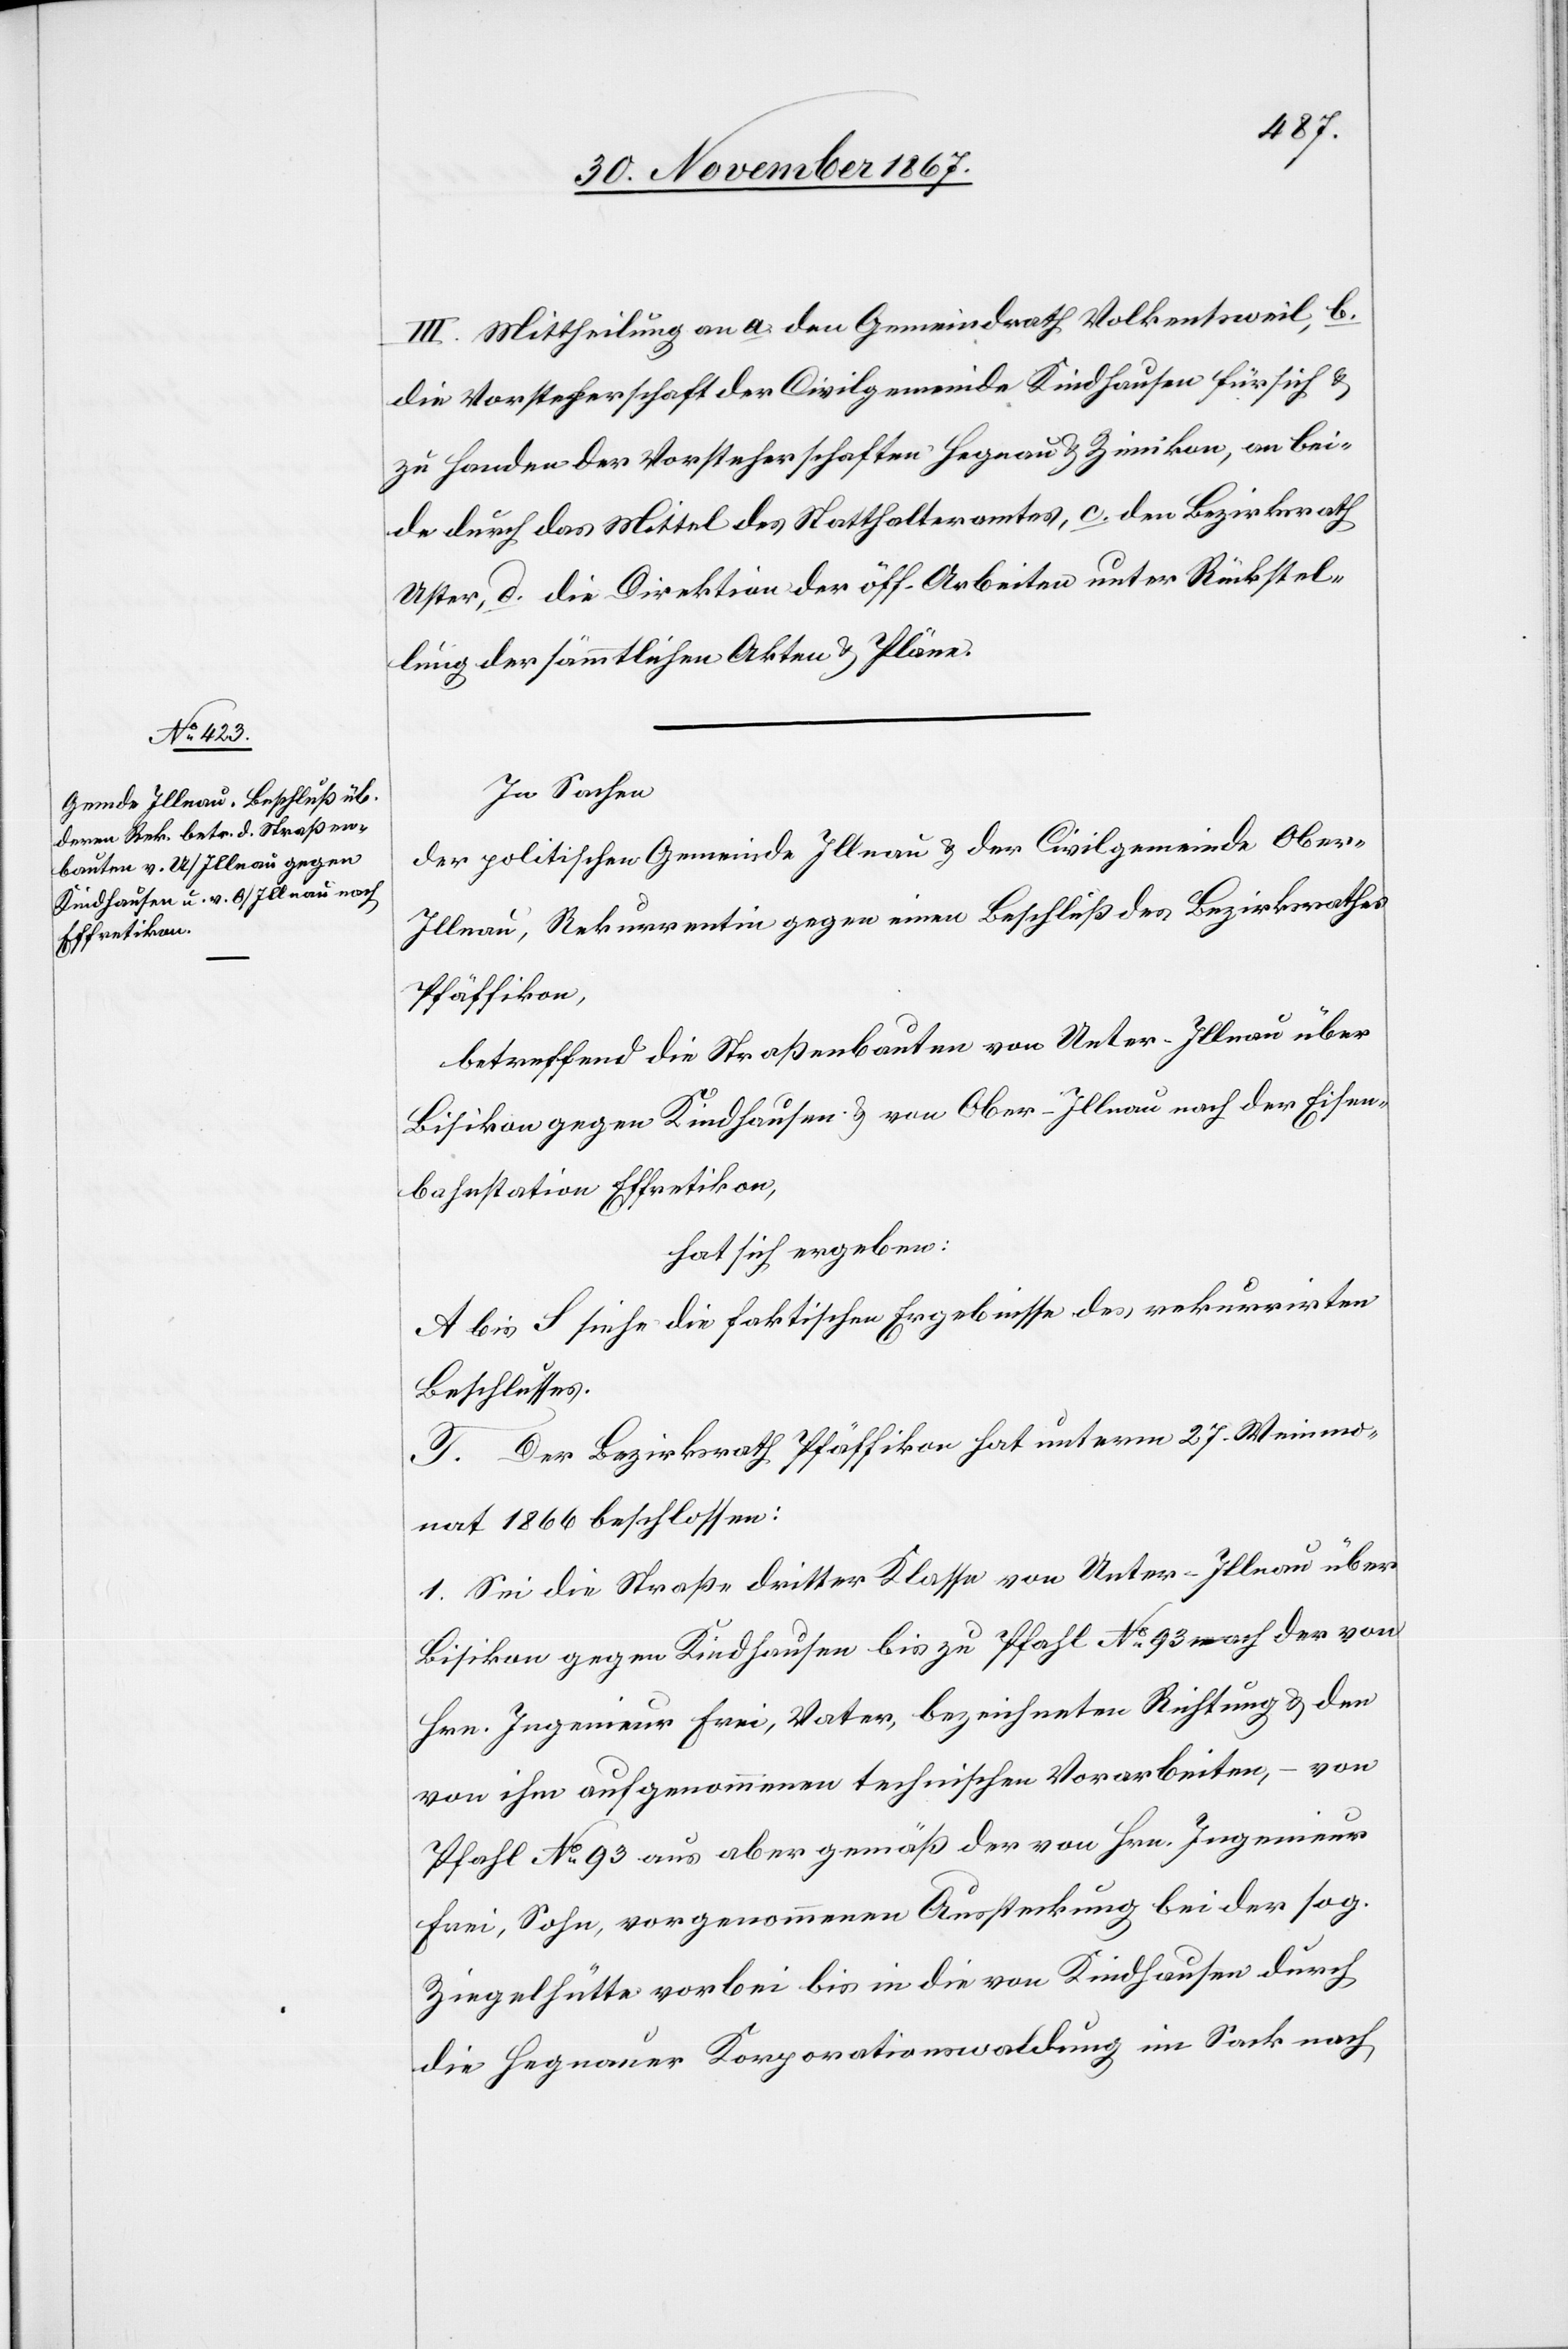
III. Mittheilung an a. den Gemeindrath Volkentsweil, b.
die Vorsteherschaft der Civilgemeinde Kindhausen für sich u.
zu Handen der Vorsteherschaften Hegnau u. Zimikon, an bei¬
de durch das Mittel des Statthalteramtes, c. den Bezirksrath
Uster, d. die Direktion der öff. Arbeiten unter Rückstel¬
lung der sämmtlichen Akten u. Pläne.
In Sachen
der politischen Gemeinde Illnau u. der Civilgemeinde Ober-I¬
llnau, Rekurrentin gegen einen Beschluß des Bezirksrathes
Pfäffikon,
betreffend die Straßenbauten von Unter- Illnau über
Bisikon gegen Kindhausen u. von Ober-Illnau nach der Eisen¬
bahnstation Effretikon,
hat sich ergeben:
A bis S siehe die faktischen Ergebnisse des rekurrirten
Beschlusses.
T. Der Bezirksrath Pfäffikon hat unterm 27. Weinmo¬
nat 1866 beschlossen:
1. Sei die Straße dritter Klasse von Unter-Illnau über
Bisikon gegen Kindhausen bis zu Pfahl No. 93 nach der von
Hrn. Ingenieur Frei, Vater, bezeichneten Richtung u. den
von ihm aufgenommenen technischen Vorarbeiten, – von
Pfahl No. 93 aus aber gemäß der von Hrn. Ingenieur
Frei, Sohn, vorgenommenen Aussteckung bei der sog.
Ziegelhütte vorbei bis in die von Kindhausen durch
die Hegnauer Korporationswaldung im Sack nach